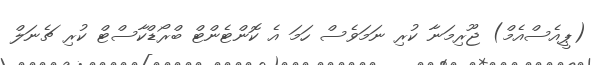
(ޕީއެސްއެމް) ޖޫރިމަނާ ކުރި ނަމަވެސް ހަމަ އެ ކޮންޓެންޓް ބްރޯޑްކާސްޓް ކުރި ޗެނަލް